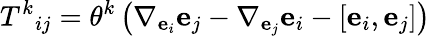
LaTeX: {T^{k}}_{ij}=\theta^{k}\left(\nabla_{\mathbf{e}_{i}}\mathbf{e}_{j}-\nabla_{\mathbf{e}_{j}}\mathbf{e}_{i}-\left[\mathbf{e}_{i},\mathbf{e}_{j}\right]\right)